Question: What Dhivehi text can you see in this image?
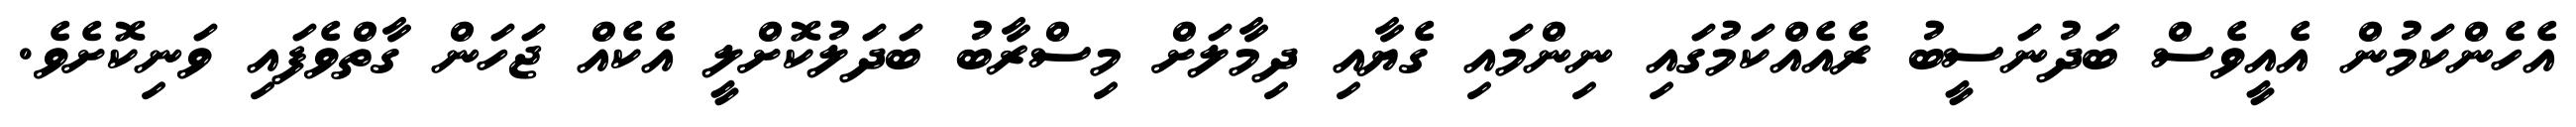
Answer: އެހެންކަމުން އެއީވެސް ބަދުނަސީބު ރެއެއްކަމުގައި ނިންމައި ގެޔާއި ދިމާލަށް މިސްރާބު ބަދަލުކޮށްލީ އެކެއް ޖަހަން ގާތްވެފައި ވަނިކޮށެވެ.